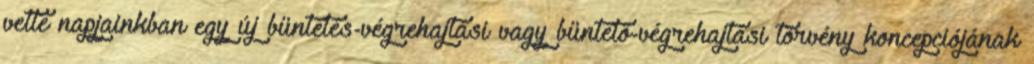
vette napjainkban egy új büntetés-végrehajtási vagy büntető-végrehajtási törvény koncepciójának